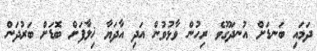
ދަމައި ބަނޑަށް އުނދަގޫވެ ރިހުން ވާޅުވުން އަދި އާދަޔާ ޚިލާފަށް ބޮޑަށް ބަރުދަން